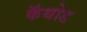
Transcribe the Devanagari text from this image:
कॅथोड